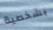
بشخصية